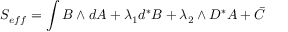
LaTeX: S _ { e f f } = \int { } B \wedge { } d A + \lambda _ { 1 } d ^ { * } B + \lambda _ { 2 } \wedge { } D ^ { * } A + \bar { C }